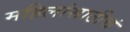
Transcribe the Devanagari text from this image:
महिलांसाठीचं